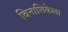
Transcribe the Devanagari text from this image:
विनाशिकेला